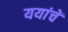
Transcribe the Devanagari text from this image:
ययांचें